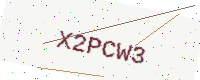
Text: X2PCW3